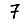
Digit: 7